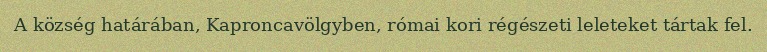
A község határában, Kaproncavölgyben, római kori régészeti leleteket tártak fel.